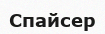
Спайсер